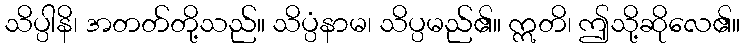
သိပ္ပါနိ၊ အတတ်တို့သည်။ သိပ္ပံနာမ၊ သိပ္ပမည်၏။ ဣတိ၊ ဤသို့ဆိုလေ၏။